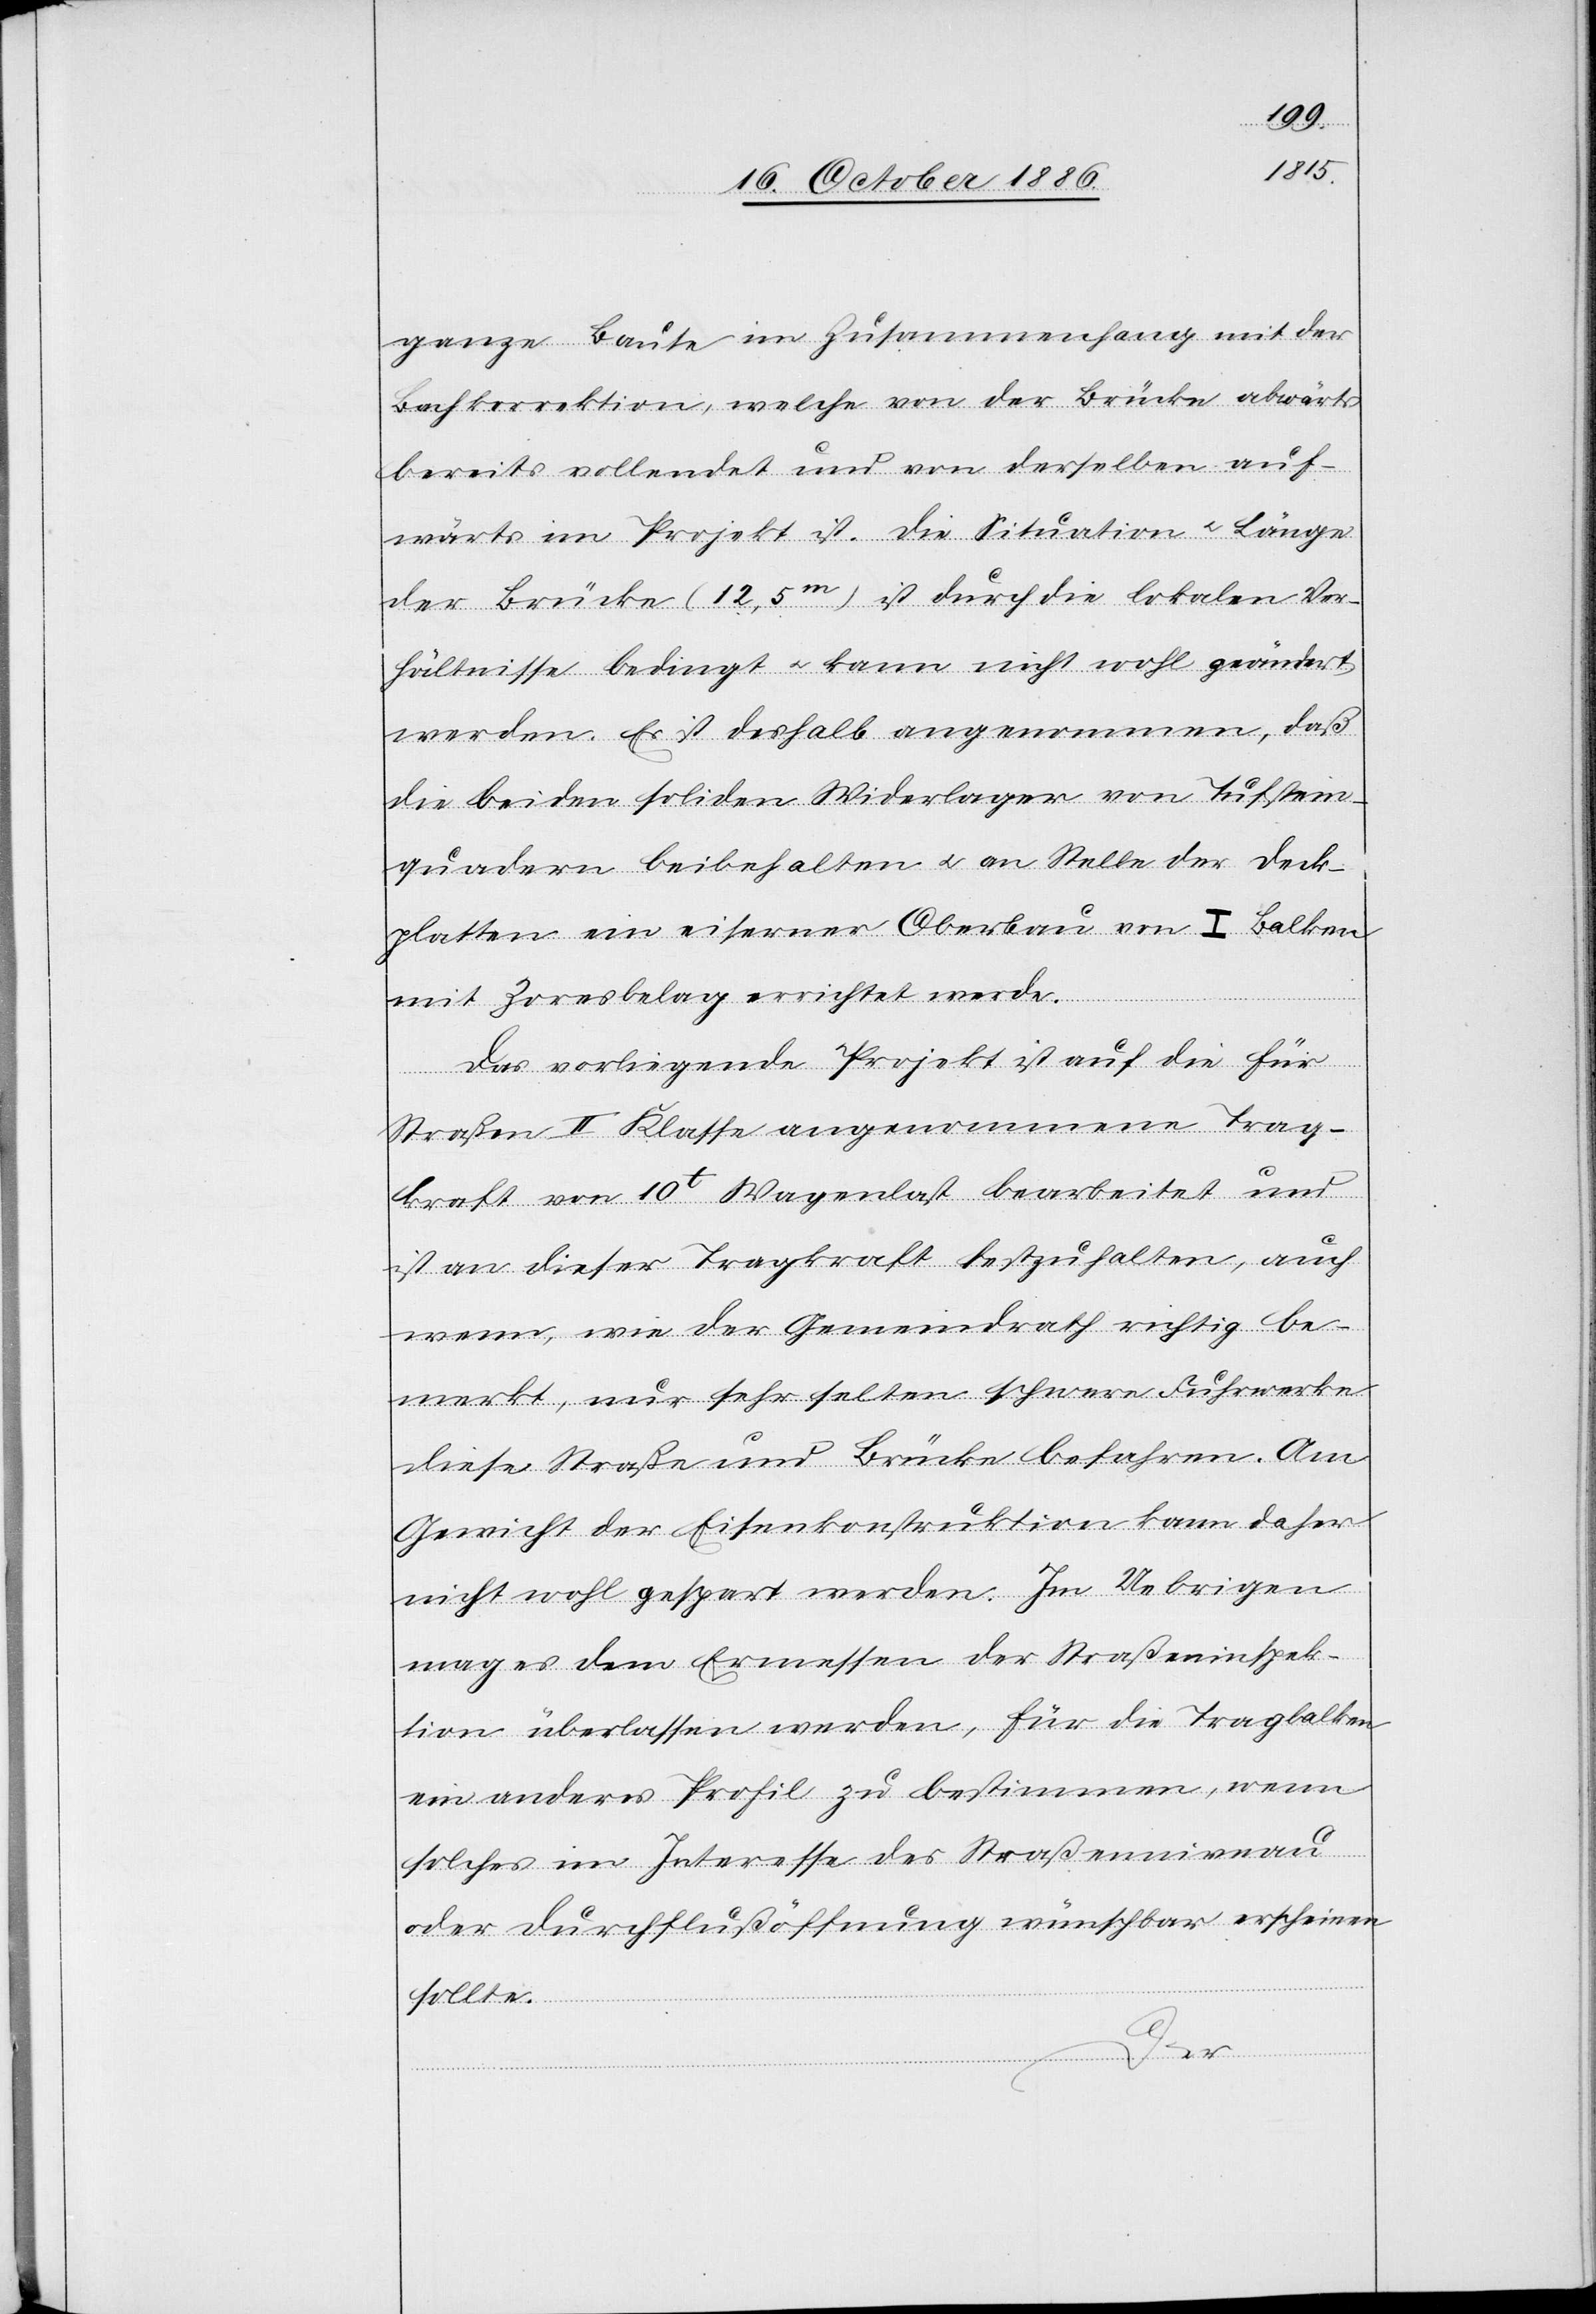
ganze Baute im Zusammenhang mit der
Bachkorrektion, welche von der Brücke abwärts
bereits vollendet und von derselben auf¬
wärts im Projekt ist. Die Situation & Länge
der Brücke (12,5m) ist durch die lokalen Ver¬
hältnisse bedingt & kann nicht wohl geändert
werden. Es ist deshalb angenommen, daß
die beiden soliden Widerlager von Tufstein¬
quadern beibehalten & an Stelle der Deck¬
platten ein eiserner Oberbau von I Balken
mit Zoresbelag errichtet werde.
Das vorliegende Projekt ist auf die für
Straßen II. Klasse angenommene Trag¬
kraft von 10t Wagenlast bearbeitet und
ist an dieser Tragkraft festzuhalten, auch
wenn, wie der Gemeindrath richtig be¬
merkt, nur sehr selten schwere Fuhrwerke
diese Straße und Brücke befahren. Am
Gewicht der Eisenkonstruktion kann daher
nicht wohl gespart werden. Im Uebrigen
mag es dem Ermessen der Straßeninspek¬
tion überlassen werde, für die Tragbalken
ein anderes Profil zu bestimmen, wenn
solches im Interesse des Straßenniveau
oder Durchflußöffnung wünschbar erscheinen
sollte.